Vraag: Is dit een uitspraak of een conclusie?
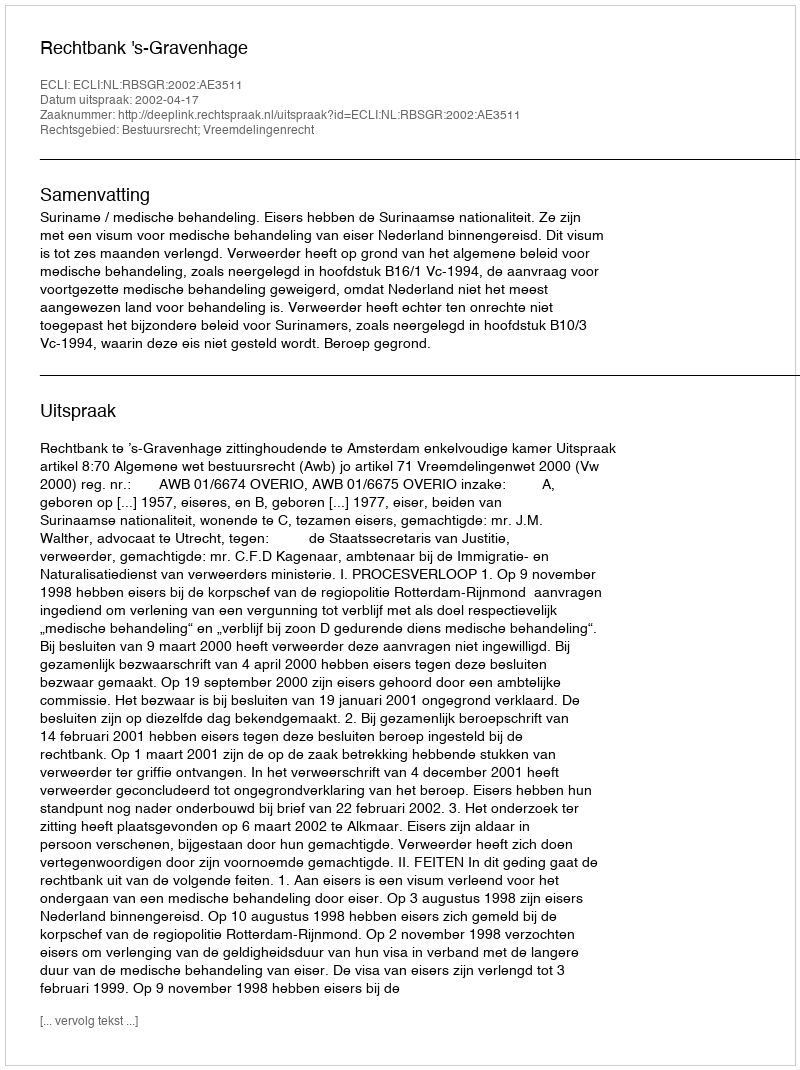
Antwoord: Uitspraak